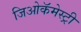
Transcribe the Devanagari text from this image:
जिओकॅमेस्ट्री